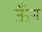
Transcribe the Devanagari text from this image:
ऊँन